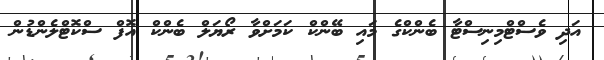
އަދި ވެސްޓްމިނިސްޓާ ބެންކްގެ މައި ބޭންކް ކަމަށްވާ ރޯޔަލް ބެންކް އޮފް ސްކޮޓްލެންޑުން